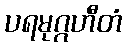
ပရမုဂ္ဂဟီတံ